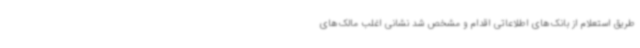
طریق استعلام از بانک‌های اطلاعاتی اقدام و مشخص شد نشانی اغلب مالک‌های